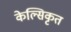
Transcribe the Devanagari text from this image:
केल्सिकृत